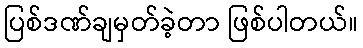
ပြစ်ဒဏ်ချမှတ်ခဲ့တာ ဖြစ်ပါတယ်။